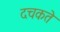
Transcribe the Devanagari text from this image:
दचकते